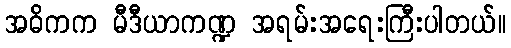
အဓိကက မီဒီယာကဏ္ဍ အရမ်းအရေးကြီးပါတယ်။